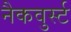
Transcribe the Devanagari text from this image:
नैकवुर्स्ट